Scottish Certificate of Education, 1962
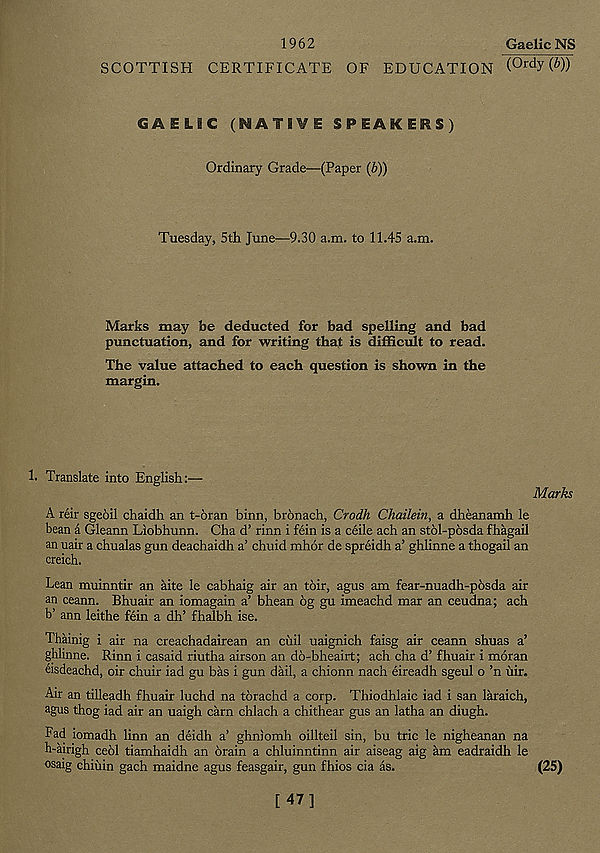
Gaelic NS
1962
SCOTTISH CERTIFICATE OF EDUCATION ( 0rd y (*))
GAELIC (NATIVE SPEAKERS)
Ordinary Grade—(Paper (b))
Tuesday, 5th June—9.30 a.m. to 11.45 a.m.
Marks may be deducted for bad spelling and bad
punctuation, and for writing that is difficult to read.
The value attached to each question is shown in the
margin.
1. Translate into English:—
Marks
A reir sgeoil chaidh an t-6ran binn, bronach, Crodh Chailein, a dheanamh le
bean a Gleann Liobhunn. Cha d’ rinn i fein is a ceile ach an stol-posda fhagail
an uair a chualas gun deachaidh a’ chuid mhor de spreidh a’ ghlinne a thogail an
creich.
Lean muinntir an aite le cabhaig air an toir, agus am fear-nuadh-posda air
an ceann. Bhuair an iomagain a’ bhean 6g gu imeachd mar an ceudna; ach
b’ ann leithe fein a dh’ fhalbh ise.
Thainig i air na creachadairean an ciiil uaignich faisg air ceann shuas a’
ghlinne. Rinn i casaid riutha airson an do-bheairt; ach cha d’ fhuair i moran
eisdeachd, oir chuir iad gu bas i gun dail, a chionn nach eireadh sgeul o ’n uir.
Air an tilleadh fhuair luchd na torachd a corp. Thiodhlaic iad i san laraich,
agus thog iad air an uaigh earn chlach a chithear gus an latha an diugh.
Fad iomadh linn an deidh a’ ghniomh oillteil sin, bu trie le nigheanan na
h-airigh ceol tiamhaidh an brain a chluinntinn air aiseag aig am eadraidh le
osaig chiuin gach maidne agus feasgair, gun fhios cia as.
(25)
[47]